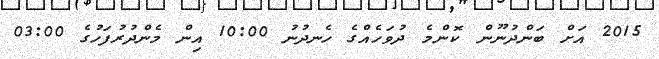
2015 އަށް ބަންދުނޫން ކޮންމެ ދުވަހެއްގެ ހެނދުނު 10:00 އިން މެންދުރުފަހުގެ 03:00